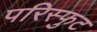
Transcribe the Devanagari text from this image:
परिस्फुट